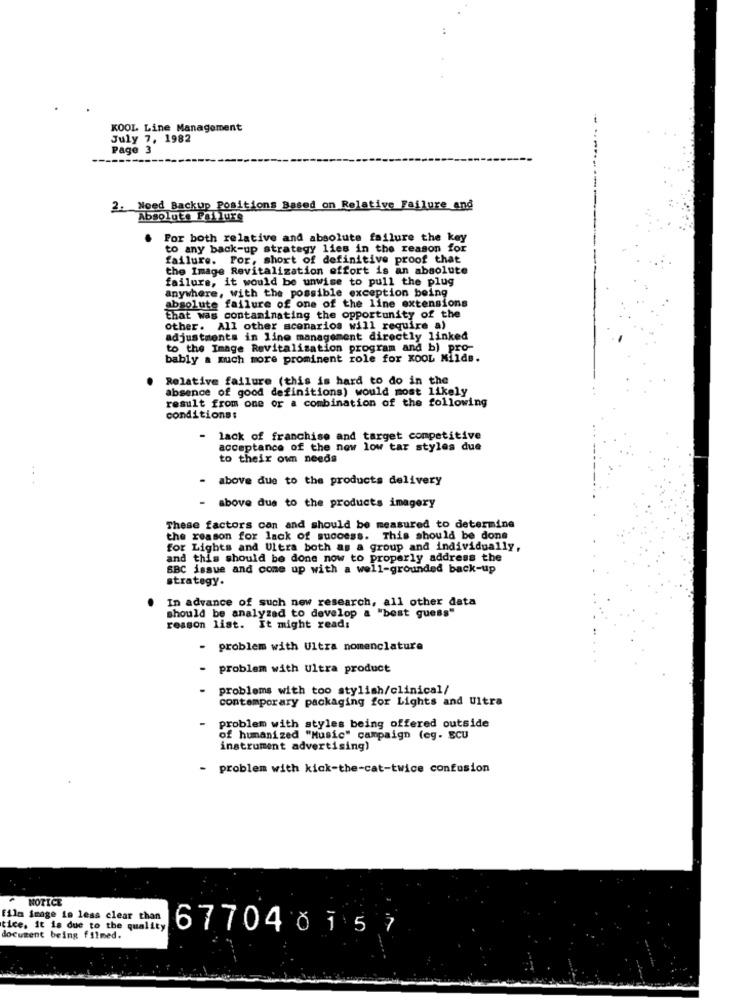
KOOL Line Management
July 7, 1982
Page 3
2. Need Backup Positions Based on Relative Failure and
Absolute Pallure
Por both relative and absolute failure the key
to any back-up strategy lies in the reason for
failure. For, short of definitive proof that
the Image Revitalization effort is an absolute
failure, it would be unwise to pull the plug
anywhere, with the possible exception being
absolute failure of one of the line extensions
that was contaminating the opportunity of the
other. All other scenarios will require a)
adjustments in line management directly linked
to the Image Revitalization program and b) pro-
bably a much more prominent role for KOOL Milds.
Relative failure (this is hard to do in the
absence of good definitions) would most likely
result from one or a combination of the following
conditions:
- lack of franchise and target competitive
acceptance of the new low tar styles due
to their own needs
- above due to the products delivery
....
- above due to the products imagery
These factors can and should be measured to determine
the reason for lack of success. This should be done
for Lights and Ultra both as a group and individually,
and this should be done now to properly address the
SBC issue and come up with a well-grounded back-up
strategy.
In advance of such new research, all other data
should be analyzad to develop a "best guess"
reason list. It might read:
problem with Ultra nomenclature
- problem with Ultra product
problems with too stylish/clinical/
contemporary packaging for Lights and Ultra
problem with styles being offered outside
of humanized "Music" campaign (eg- ECU
instrument advertising)
- problem with kick-the-cat-twice confusion
NOTICE
film image is less clear than
tice. it is due to the quality
document being filmed.
67704 81 5 7